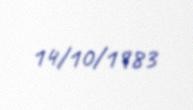
14/10/1983